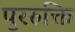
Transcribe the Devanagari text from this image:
पुररुक्ति